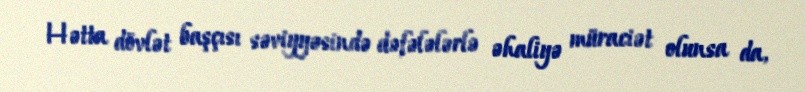
Hətta dövlət başçısı səviyyəsində dəfələlərlə əhaliyə müraciət olunsa da,